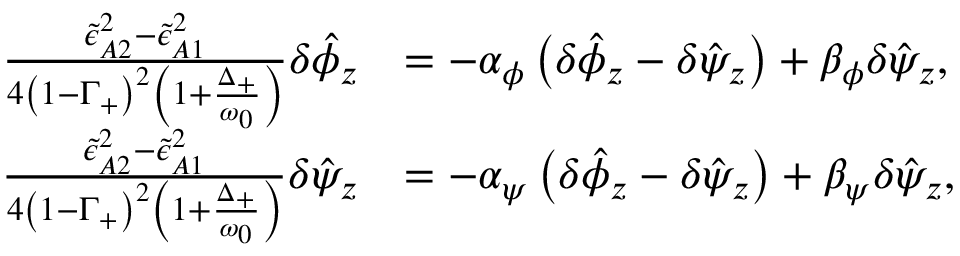
\begin{array} { r l } { \frac { \tilde { \epsilon } _ { A 2 } ^ { 2 } - \tilde { \epsilon } _ { A 1 } ^ { 2 } } { 4 \left( 1 - \Gamma _ { + } \right) ^ { 2 } \left( 1 + \frac { \Delta _ { + } } { \omega _ { 0 } } \right) } \delta \hat { \phi } _ { z } } & { = - \alpha _ { \phi } \left( \delta \hat { \phi } _ { z } - \delta \hat { \psi } _ { z } \right) + \beta _ { \phi } \delta \hat { \psi } _ { z } , } \\ { \frac { \tilde { \epsilon } _ { A 2 } ^ { 2 } - \tilde { \epsilon } _ { A 1 } ^ { 2 } } { 4 \left( 1 - \Gamma _ { + } \right) ^ { 2 } \left( 1 + \frac { \Delta _ { + } } { \omega _ { 0 } } \right) } \delta \hat { \psi } _ { z } } & { = - \alpha _ { \psi } \left( \delta \hat { \phi } _ { z } - \delta \hat { \psi } _ { z } \right) + \beta _ { \psi } \delta \hat { \psi } _ { z } , } \end{array}